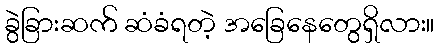
ခွဲခြားဆက် ဆံခံရတဲ့ အခြေနေတွေရှိလား။